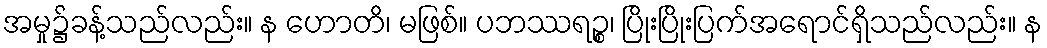
အမှု၌ခန့်သည်လည်း။ န ဟောတိ၊ မဖြစ်။ ပဘဿရဉ္စ၊ ပြိုးပြိုးပြက်အရောင်ရှိသည်လည်း။ န